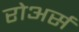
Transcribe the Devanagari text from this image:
रोअर्स